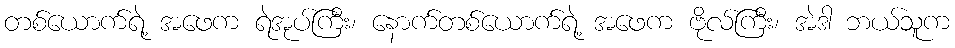
တစ်ယောက်ရဲ့ အဖေက ရဲအုပ်ကြီး၊ နောက်တစ်ယောက်ရဲ့ အဖေက ဗိုလ်ကြီး၊ အဲဒါ ဘယ်သူက